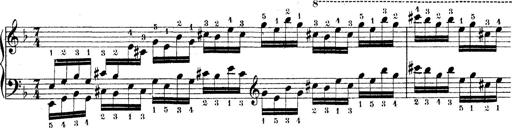
Title: Technische Studien
Composer: Franz Liszt